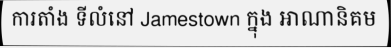
ការតាំង ទីលំនៅ Jamestown ក្នុង អាណានិគម